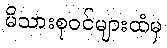
မိသားစုဝင်များထံမှ